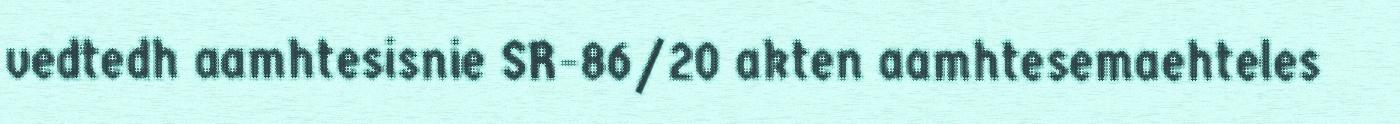
vedtedh aamhtesisnie SR-86/20 akten aamhtesemaehteles